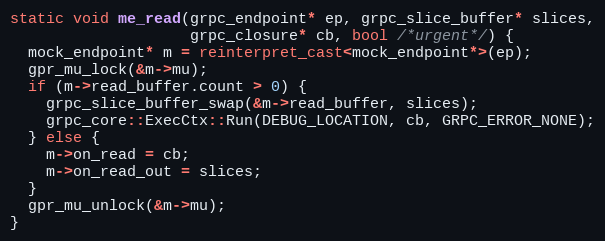
Language: C++
static void me_read(grpc_endpoint* ep, grpc_slice_buffer* slices,
                    grpc_closure* cb, bool /*urgent*/) {
  mock_endpoint* m = reinterpret_cast<mock_endpoint*>(ep);
  gpr_mu_lock(&m->mu);
  if (m->read_buffer.count > 0) {
    grpc_slice_buffer_swap(&m->read_buffer, slices);
    grpc_core::ExecCtx::Run(DEBUG_LOCATION, cb, GRPC_ERROR_NONE);
  } else {
    m->on_read = cb;
    m->on_read_out = slices;
  }
  gpr_mu_unlock(&m->mu);
}